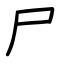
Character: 尸